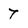
Character: 7